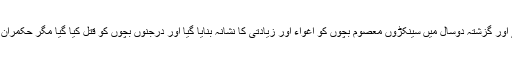
انہوں نے کہا کہ قصور لاہور کی بغل میں ہے اور گزشتہ دوسال میں سینکڑوں معصوم بچوں کو اغواء اور زیادتی کا نشانہ بنایا گیا اور درجنوں بچوں کو قتل کیا گیا مگر حکمران مجرموں کا قلع قمع کرنے میں ناکام رہے ہیں۔